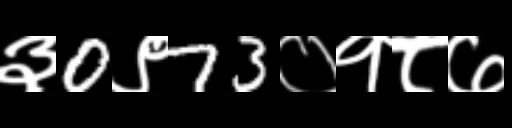
Text: ३0९73०१८७